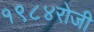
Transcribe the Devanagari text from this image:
१९८४रोजी